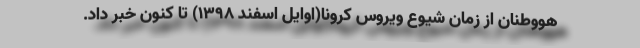
هووطنان از زمان شیوع ویروس کرونا(اوایل اسفند ۱۳۹۸) تا کنون خبر داد.